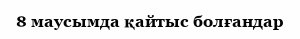
8 маусымда қайтыс болғандар